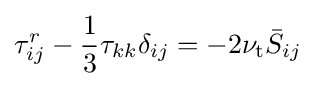
\tau _{ij}^{r}-{\frac {1}{3}}\tau _{kk}\delta _{ij}=-2\nu _{\mathrm {t} }{\bar {S}}_{ij}